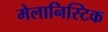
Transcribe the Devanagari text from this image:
मेलानिस्टिक